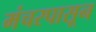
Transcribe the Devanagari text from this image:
मंचरपासून